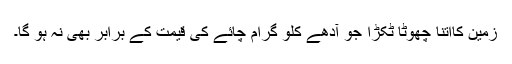
زمین کااتنا چھوٹا ٹکڑا جو آدھے کلو گرام چائے کی قیمت کے برابر بھی نہ ہو گا۔